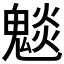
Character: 𮫣